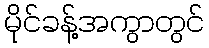
မိုင်ခန့်အကွာတွင်